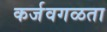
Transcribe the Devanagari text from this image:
कर्जवगळता